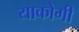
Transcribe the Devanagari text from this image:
याकोगी